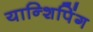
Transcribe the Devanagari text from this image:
यान्शिपिंग